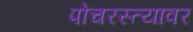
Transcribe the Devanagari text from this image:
पोचरस्त्यावर